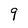
Character: 9